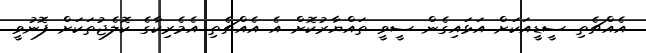
އެއްޗެތި ސީޑީއަކަށް އަޅައިގެން ސީވީ ތައްޔާރުކޮށް އެ އެއްޗެތި އެމެރިކާގެ ކޮލެޖުތަކަށް ފޮނުވީ.